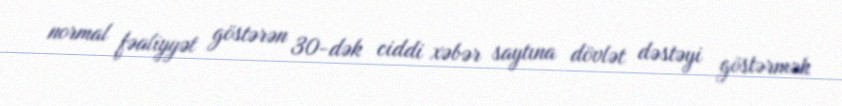
normal fəaliyyət göstərən 30-dək ciddi xəbər saytına dövlət dəstəyi göstərmək